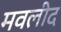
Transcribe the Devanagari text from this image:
मवलीद